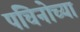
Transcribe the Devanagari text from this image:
पचिनोच्या